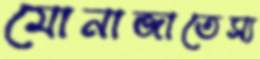
মোনাজাতেস্য